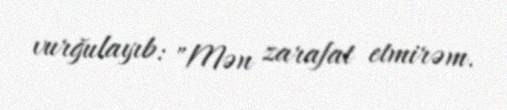
vurğulayıb: "Mən zarafat etmirəm.